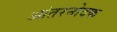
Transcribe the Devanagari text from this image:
आंतरनोदक